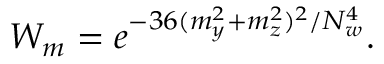
W _ { m } = e ^ { - 3 6 ( m _ { y } ^ { 2 } + m _ { z } ^ { 2 } ) ^ { 2 } / N _ { w } ^ { 4 } } .